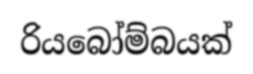
රියබෝම්බයක්